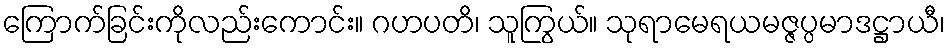
ကြောက်ခြင်းကိုလည်းကောင်း။ ဂဟပတိ၊ သူကြွယ်။ သုရာမေရယမဇ္ဇပ္ပမာဒဋ္ဌာယီ၊